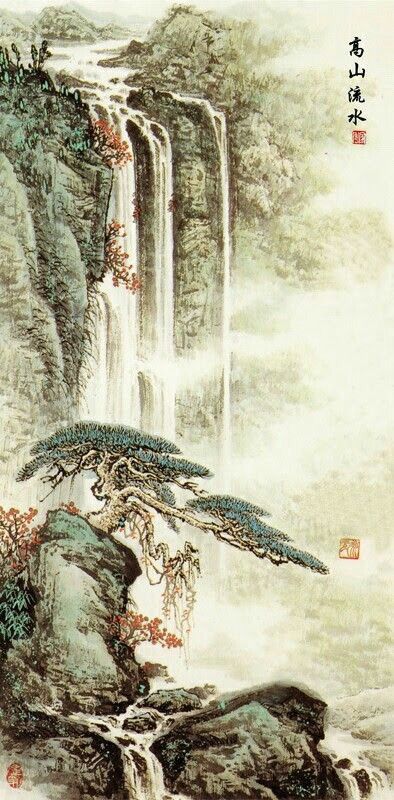
遥想公瑾当年，小乔初嫁了，雄姿英发。